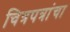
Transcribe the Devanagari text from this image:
चित्रपत्रांचा